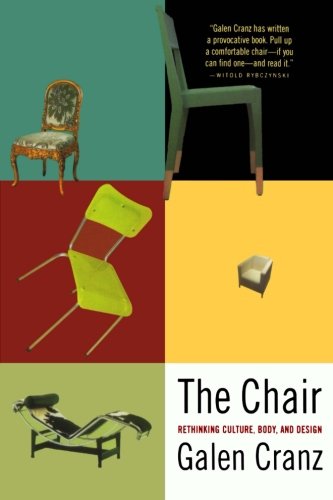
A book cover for The Chair: Rethinking Culture, Body, and Design; Galen Cranz; Crafts, Hobbies & Home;